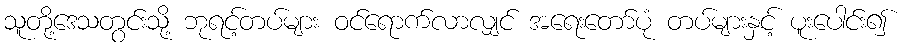
သူတို့ဒေသတွင်းသို့ ဘုရင့်တပ်များ ဝင်ရောက်လာလျှင် အရေးတော်ပုံ တပ်များနှင့် ပူးပေါင်း၍